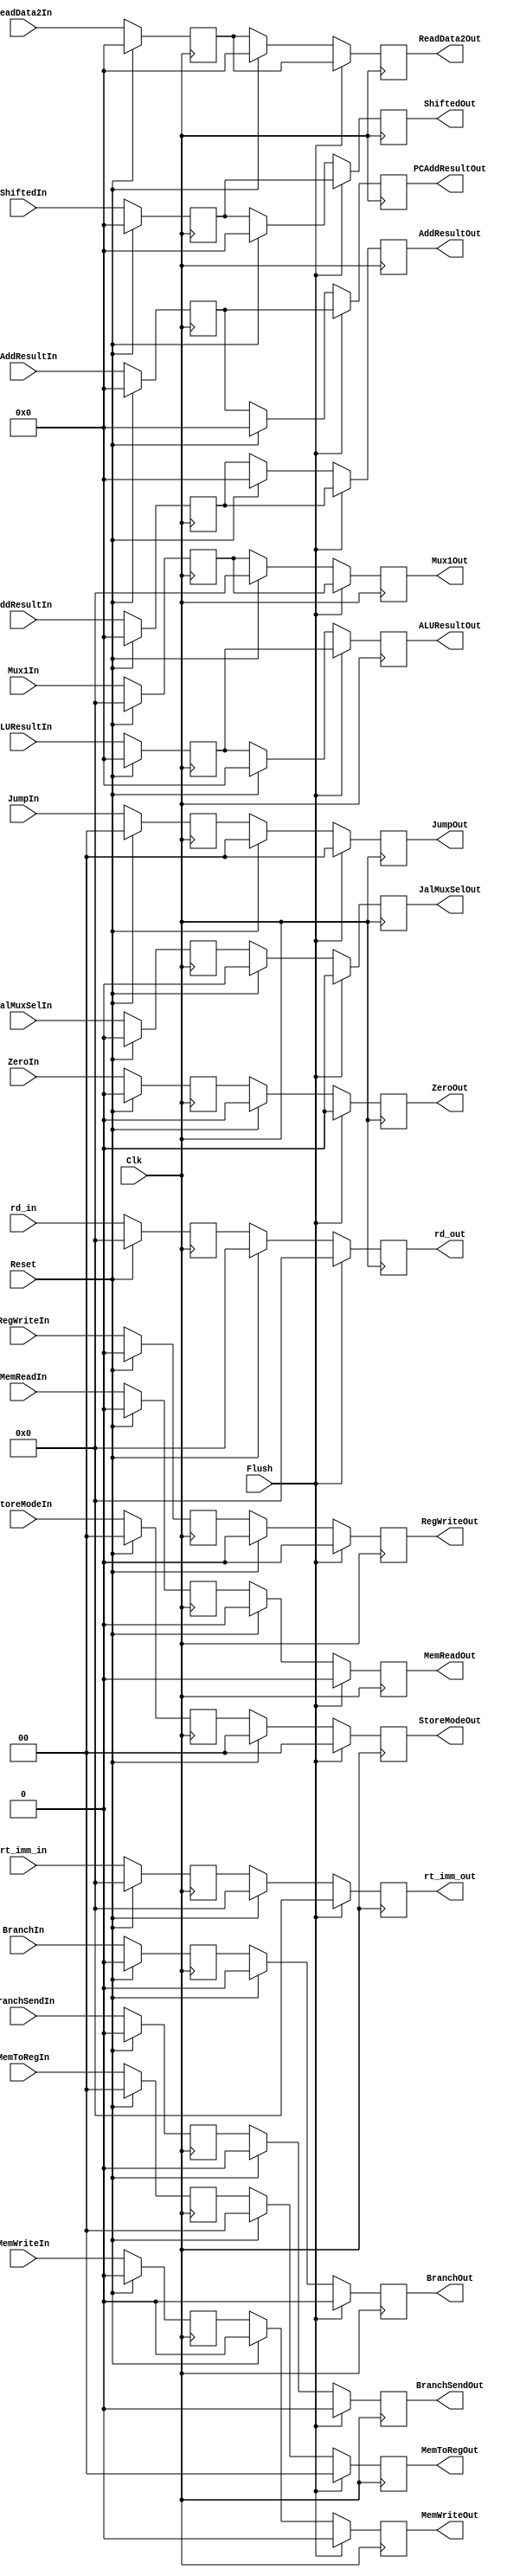
`timescale 1ns / 1ps
//////////////////////////////////////////////////////////////////////////////////
// Company: 
// Engineer: 
// 
// Design Name: 
// Module Name: EX_MEM
// Project Name: 
// Target Devices: 
// Tool Versions: 
// Description: 
// 
// Dependencies: 
// 
// Revision:
// Revision 0.01 - File Created
// Additional Comments:
// 
//////////////////////////////////////////////////////////////////////////////////


module EX_MEM(Reset, addResultIn, ZeroIn, BranchSendIn, BranchIn, MemReadIn, MemWriteIn, RegWriteIn, MemToRegIn, Mux1In, ShiftedIn, PCAddResultIn, JalMuxSelIn, JumpIn, StoreModeIn, ALUResultIn, ReadData2In, rd_in, rt_imm_in, AddResultOut, ZeroOut, BranchSendOut, BranchOut, MemReadOut, MemWriteOut, RegWriteOut, MemToRegOut, Mux1Out, ShiftedOut, PCAddResultOut, JalMuxSelOut, JumpOut, StoreModeOut, ALUResultOut, ReadData2Out, rd_out, rt_imm_out, Clk, Flush);

    input [31:0] addResultIn, ALUResultIn, ReadData2In;
    input Clk, ZeroIn, BranchSendIn, BranchIn, MemReadIn, MemWriteIn, RegWriteIn, JalMuxSelIn, Reset, Flush;
    input [4:0] rd_in, rt_imm_in;
    input [1:0] MemToRegIn, StoreModeIn, JumpIn;
    input [4:0] Mux1In;
    input [31:0] ShiftedIn, PCAddResultIn;
    
    output reg [31:0] AddResultOut, ALUResultOut, ReadData2Out;
    output reg ZeroOut, BranchSendOut, BranchOut, MemReadOut, MemWriteOut, RegWriteOut, JalMuxSelOut;
    output reg [4:0] rd_out, rt_imm_out;
    output reg [1:0] MemToRegOut, StoreModeOut, JumpOut;
    output reg [4:0] Mux1Out;
    output reg [31:0] ShiftedOut, PCAddResultOut;
    
    reg [31:0] addResultReg, ALUResultReg, ReadData2Reg;
    reg ZeroReg, BranchSendReg, BranchReg, MemReadReg, MemWriteReg, RegWriteReg, JalMuxSelReg;
    reg [4:0] rd_reg, rt_imm_reg;
    reg [1:0] MemToRegReg, StoreModeReg, JumpReg;
    reg [4:0] Mux1Reg;
    reg [31:0] ShiftedReg, PCAddResultReg;
    
    always @(posedge Clk) begin
        if(Flush == 1) begin
            ZeroOut <= 0;
            BranchSendOut <= 0;
            BranchOut <= 0;
            MemReadOut <= 0;
            MemWriteOut <= 0;
            RegWriteOut <= 0;
            MemToRegOut <= 0;
            JalMuxSelOut <= 0;
            StoreModeOut <= 0;
            JumpOut <= 0;
            Mux1Out <= Mux1Reg;
            ShiftedOut <= ShiftedReg;
            PCAddResultOut <= PCAddResultReg;
            AddResultOut <= addResultReg;
            ALUResultOut <= ALUResultReg;
            ReadData2Out <= ReadData2Reg;
            rd_out <= 0;
            rt_imm_out <= 0;
        end
        else if(Reset == 0) begin
            AddResultOut <= addResultReg;
            ALUResultOut <= ALUResultReg;
            ReadData2Out <= ReadData2Reg;
            ZeroOut <= ZeroReg;
            BranchSendOut <= BranchSendReg;
            BranchOut <= BranchReg;
            MemReadOut <= MemReadReg;
            MemWriteOut <= MemWriteReg;
            RegWriteOut <= RegWriteReg;
            MemToRegOut <= MemToRegReg;
            Mux1Out <= Mux1Reg;
            ShiftedOut <= ShiftedReg;
            PCAddResultOut <= PCAddResultReg;
            JalMuxSelOut <= JalMuxSelReg;
            StoreModeOut <= StoreModeReg;
            JumpOut <= JumpReg;
            rd_out <= rd_reg;
            rt_imm_out <= rt_imm_reg;
        end
        else begin
            AddResultOut <= 0;
            ALUResultOut <= 0;
            ReadData2Out <= 0;
            ZeroOut <= 0;
            BranchSendOut <= 0;
            BranchOut <= 0;
            MemReadOut <= 0;
            MemWriteOut <= 0;
            RegWriteOut <= 0;
            MemToRegOut <= 0;
            Mux1Out <= 0;
            ShiftedOut <= 0;
            PCAddResultOut <= 0;
            JalMuxSelOut <= 0;
            StoreModeOut <= 0;
            JumpOut <= 0;
            rd_out <= 0;
            rt_imm_out <= 0;
        end
    end
    
    always @(negedge Clk) begin
        if(Reset == 0) begin
            addResultReg <= addResultIn;
            ALUResultReg <= ALUResultIn;
            ReadData2Reg <= ReadData2In;
            ZeroReg <= ZeroIn;
            BranchSendReg <= BranchSendIn;
            BranchReg <= BranchIn;
            MemReadReg <= MemReadIn;
            MemWriteReg <= MemWriteIn;
            RegWriteReg <= RegWriteIn;
            MemToRegReg <= MemToRegIn;
            Mux1Reg <= Mux1In;
            ShiftedReg <= ShiftedIn;
            PCAddResultReg <= PCAddResultIn;
            JalMuxSelReg <= JalMuxSelIn;
            StoreModeReg <= StoreModeIn;
            JumpReg <= JumpIn;
            rd_reg <= rd_in;
            rt_imm_reg <= rt_imm_in;
        end
        else begin
            addResultReg <= 0;
            ALUResultReg <= 0;
            ReadData2Reg <= 0;
            ZeroReg <= 0;
            BranchSendReg <= 0;
            BranchReg <= 0;
            MemReadReg <= 0;
            MemWriteReg <= 0;
            RegWriteReg <= 0;
            MemToRegReg <= 0;
            Mux1Reg <= 0;
            ShiftedReg <= 0;
            PCAddResultReg <= 0;
            JalMuxSelReg <= 0;
            StoreModeReg <= 0;
            JumpReg <= 0;
            rd_reg <= 0;
            rt_imm_reg <= 0;
        end
    end

endmodule